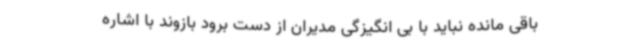
باقی مانده نباید با بی انگیزگی مدیران از دست برود بازوند با اشاره